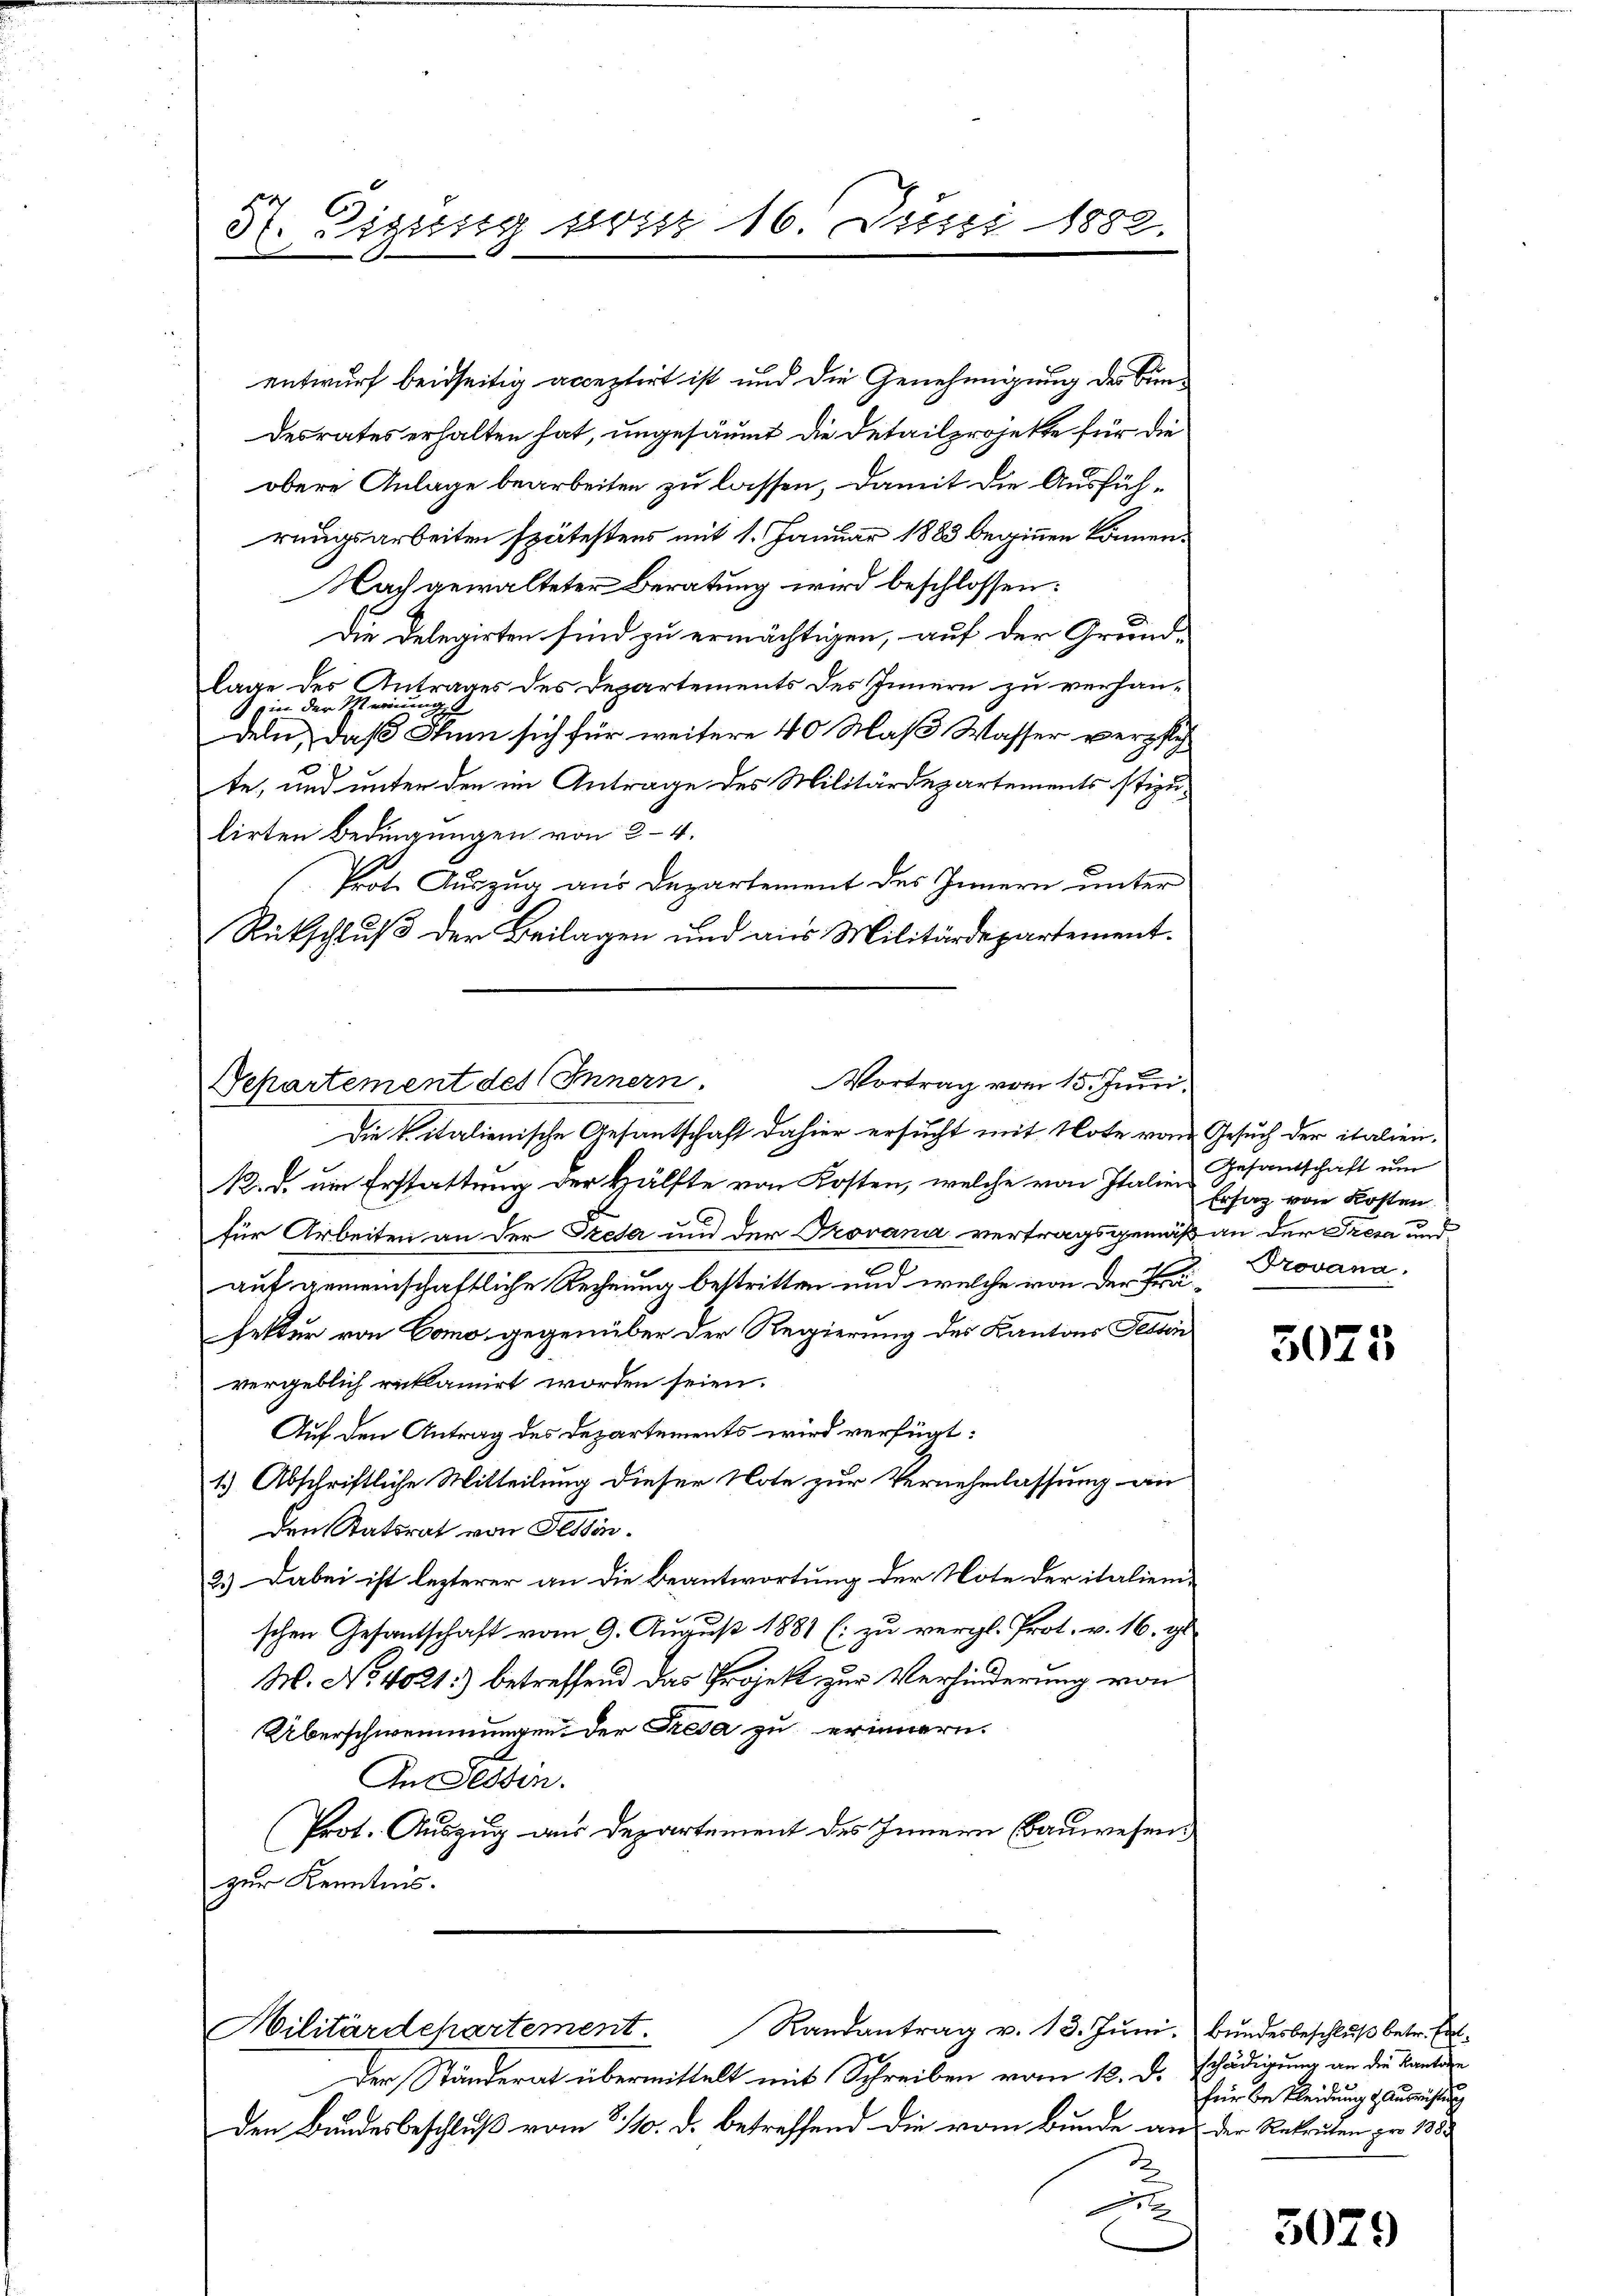
H. Zigung von 16. Juni 1882.

Vortrag vom 15. Juni.
Departement des Innern.

Die k. italienische Gesantschaft dahier ersucht mit Note vom Gesuch der italien¬
12. d. um Erstattung der Hälfte von Kosten, welche von Italien Gesandtschaft um
für Arbeiten an der Tresa und der Provana vertragsgemäß an der Tresa und
auf gemeinschaftliche Rechnung bestritten und welche von der Präsektur von Como gegenüber der Regierung des Kantons Festen
vergeblich reklamirt worden seien.
Auf den Antrag des Departements wird verfügt:
1.) Abschriftliche Mitteilung dieser Note zur Vernehmlassung an
den Statsrat von Fessen¬
2.) Dabei ist lezterer an die Beantwortung der Note der italiene
schen Gesantschaft vom 9. August 1881 (: zu vergl. Prot. v. 16. gl.
M. No 4021.) betreffend das Projekt zur Verhinderung von
Überschwemmungen der Fresa zu erinnern.
In Tessin.
Prot. Auszug aus Departement des Innern (Bauwesen.
zur Kenntnis.

Militärdepartement. Randantrag v. 13. Jŭni. Bŭndesbeschlŭβ betr. Ent-

entwurf beidseitig acceptirt ist und die Genehmigung des Bundesrates erhalten hat, ungesäumt die Detailprojekte für die
obere Anlage bearbeiten zu lassen, damit die Ausführungsarbeiten spätestens mit 1. Januar 1883 beginnen können.
Nach gewalteter Beratung wird beschlossen:
Die Delegirten sind zu ermächtigen, auf der Grundlage des Antrages des Departements des Innern zu verhanin der ist einen
2
deln, daß Stum sich für weitere 40 Maß Wasser verzich
te, und unter den im Antrage des Militärdepartements stipulirten Bedingungen von 2-4.
Poot. Auszug aus Departement des Innern unter
Rückschluß der Beilagen und aus Militärdepartement.

Ersatz von Kosten.
Provana.

Der Ständerat übermittelt mit Schreiben vom 12. d. Schädigung an die Kantone
den Bundesbeschluß vom 8/10. d. betreffend die vom Bunde aus der Rekruten pro 138.
u

5075

für bekleidung & Ausrichtung

3079